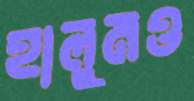
হালুমও